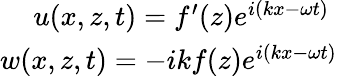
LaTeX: \begin{array}{r}{u(x,z,t)=f^{\prime}(z)e^{i(kx-\omega t)}\; }\\ {w(x,z,t)=-ikf(z)e^{i(kx-\omega t)}}\end{array}